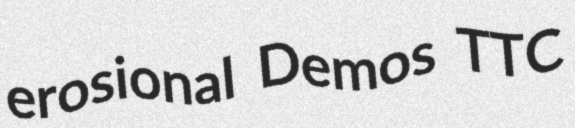
erosional Demos TTC